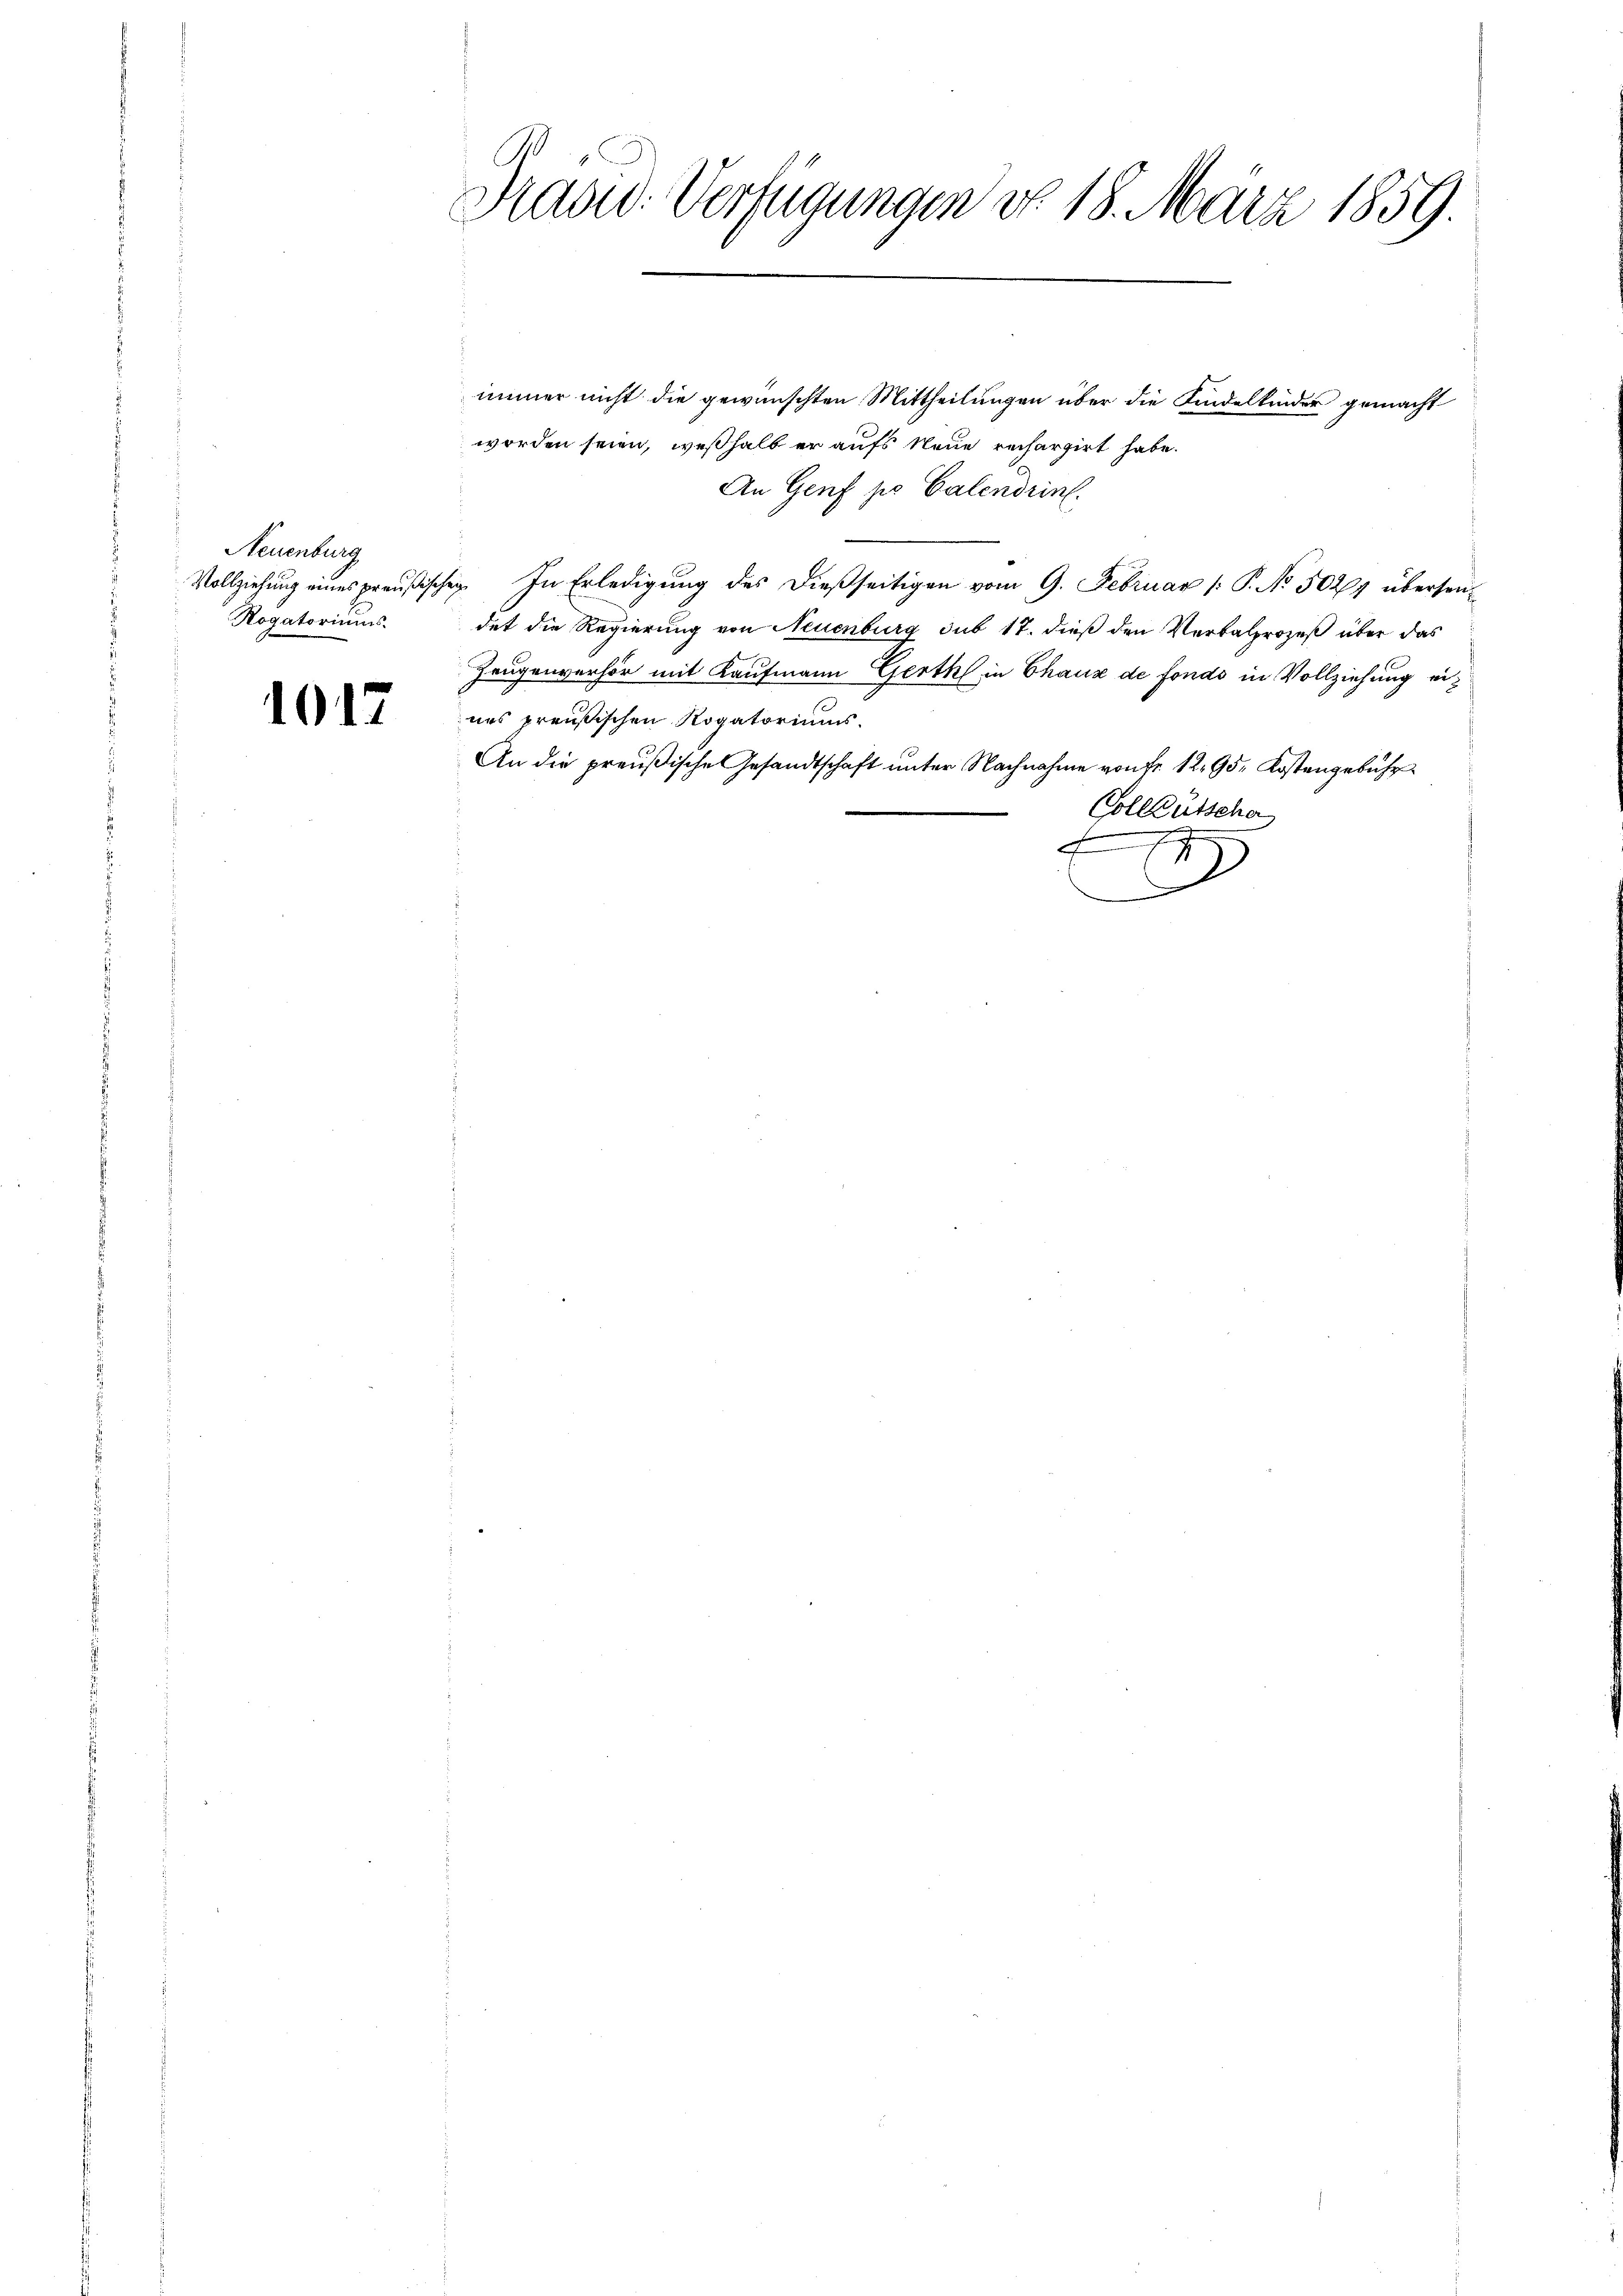
Neuenburg
Rogatoriums.

1017

Hradid. Verfügungen do 18. März 1859.

immer nicht die gewünschten Mittheilungen über die Kindelkinder gemacht
worden seien, weßhalb er aufs Neue rechargirt habe.
An Genf po Calendrin.
e
Vollziehung eines preußischen. In Erledigung des dießseitigen vom 9. Februar (: P. No. 5027 übersendet die Regierung von Neuenburg sub 17. dieß den Verbalprozeß über das
Zeugenverhör mit Kaufmann Gerth in Chaux de fonds in Vollziehung eines preußischen Rogatoriums.
An die preußische Gesandtschaft ŭnter Nachnahme von Fr. 12. 95. Kostengebühr
Colleütscha
d
J
18
.